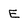
Character: E